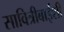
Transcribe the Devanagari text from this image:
सावित्रीबाईशी